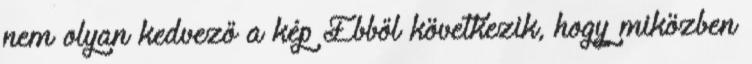
nem olyan kedvező a kép Ebből következik, hogy miközben